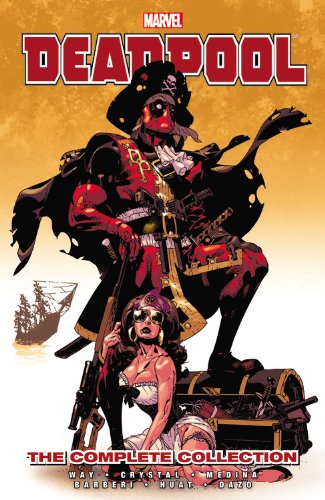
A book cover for Deadpool by Daniel Way: The Complete Collection Volume 2; Daniel Way; Comics & Graphic Novels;